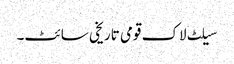
سیلٹ لاک قومی تاریخی سائٹ۔